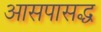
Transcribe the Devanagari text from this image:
आसपासद्ध